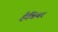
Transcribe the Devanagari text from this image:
हैबियर